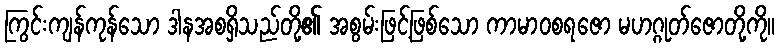
ကြွင်းကျန်ကုန်သော ဒါနအစရှိသည်တို့၏ အစွမ်းဖြင့်ဖြစ်သော ကာမာဝစရဇော မဟဂ္ဂုတ်ဇောတို့ကို။